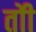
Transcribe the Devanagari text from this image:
तोी